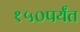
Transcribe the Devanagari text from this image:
१५०पर्यंत